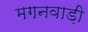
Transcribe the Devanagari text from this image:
मगनवाड़ी